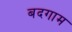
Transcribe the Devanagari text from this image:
बदगाम